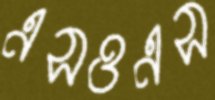
এসওএস